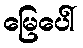
မြေပေါ်